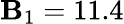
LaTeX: \mathbf{B}_{1}=11.4